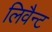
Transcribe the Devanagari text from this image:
लिवैन्ट